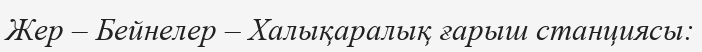
Жер – Бейнелер – Халықаралық ғарыш станциясы: